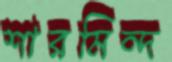
শারমিন্দ